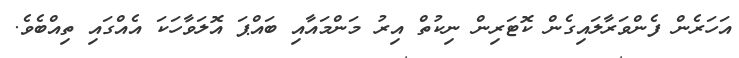
އަހަރެން ފެންވަރާލައިގެން ކޮޓަރިން ނިކުތް އިރު މަންމައާއި ބައްޕަ އޮލަވާހަކަ އެއްގައި ތިއްބެވެ.